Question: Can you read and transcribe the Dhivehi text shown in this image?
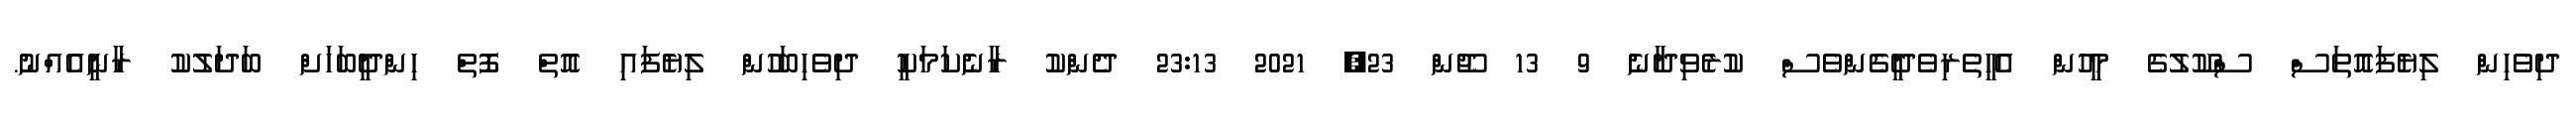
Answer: ދިވެހިން ލިޔެފައޮތަސް ސްކޫލުގެ މީހުން އެހީތެރިވެދީގެންވެސް ކުރެވިދާނެ 9 13 ޖޫން 23, 2021 23:13 ދެންކު ރާނެކަމަކީ ދިވެހިބަހުން ލިޔެފައި އޮތް ފޮތް ހިންދީބަހަށް ބަދަލުކު ރާނީއެއްނު.